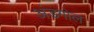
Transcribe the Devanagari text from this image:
अंडगोल